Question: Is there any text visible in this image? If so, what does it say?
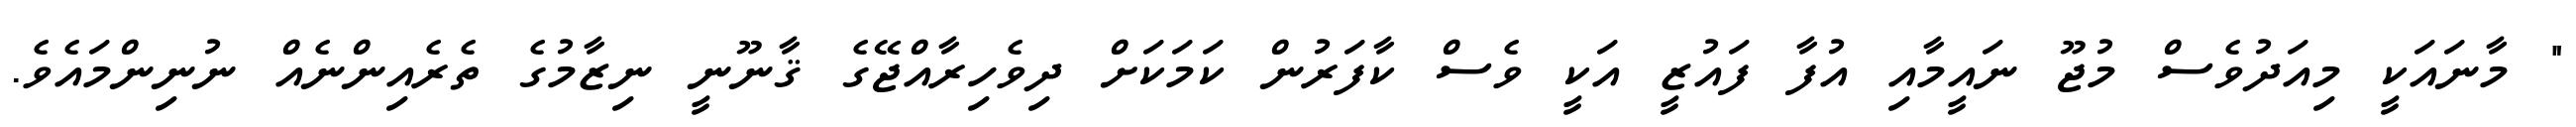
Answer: " މާނައަކީ މިއަދުވެސް މުޖޫ ނައީމާއި އުފާ ފައުޒީ އަކީ ވެސް ކާފަރުން ކަމަކަށް ދިވެހިރާއްޖޭގެ ޤާނޫނީ ނިޒާމުގެ ތެރެއިންނެއް ނުނިންމައެވެ.